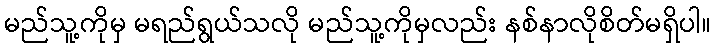
မည်သူ့ကိုမှ မရည်ရွယ်သလို မည်သူ့ကိုမှလည်း နစ်နာလိုစိတ်မရှိပါ။